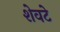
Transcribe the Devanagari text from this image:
शेवटे